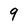
Character: 9